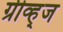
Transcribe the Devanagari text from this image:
ग्रीव्ह्‌ज